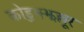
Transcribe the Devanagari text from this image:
कोडुझ्झल्लूर